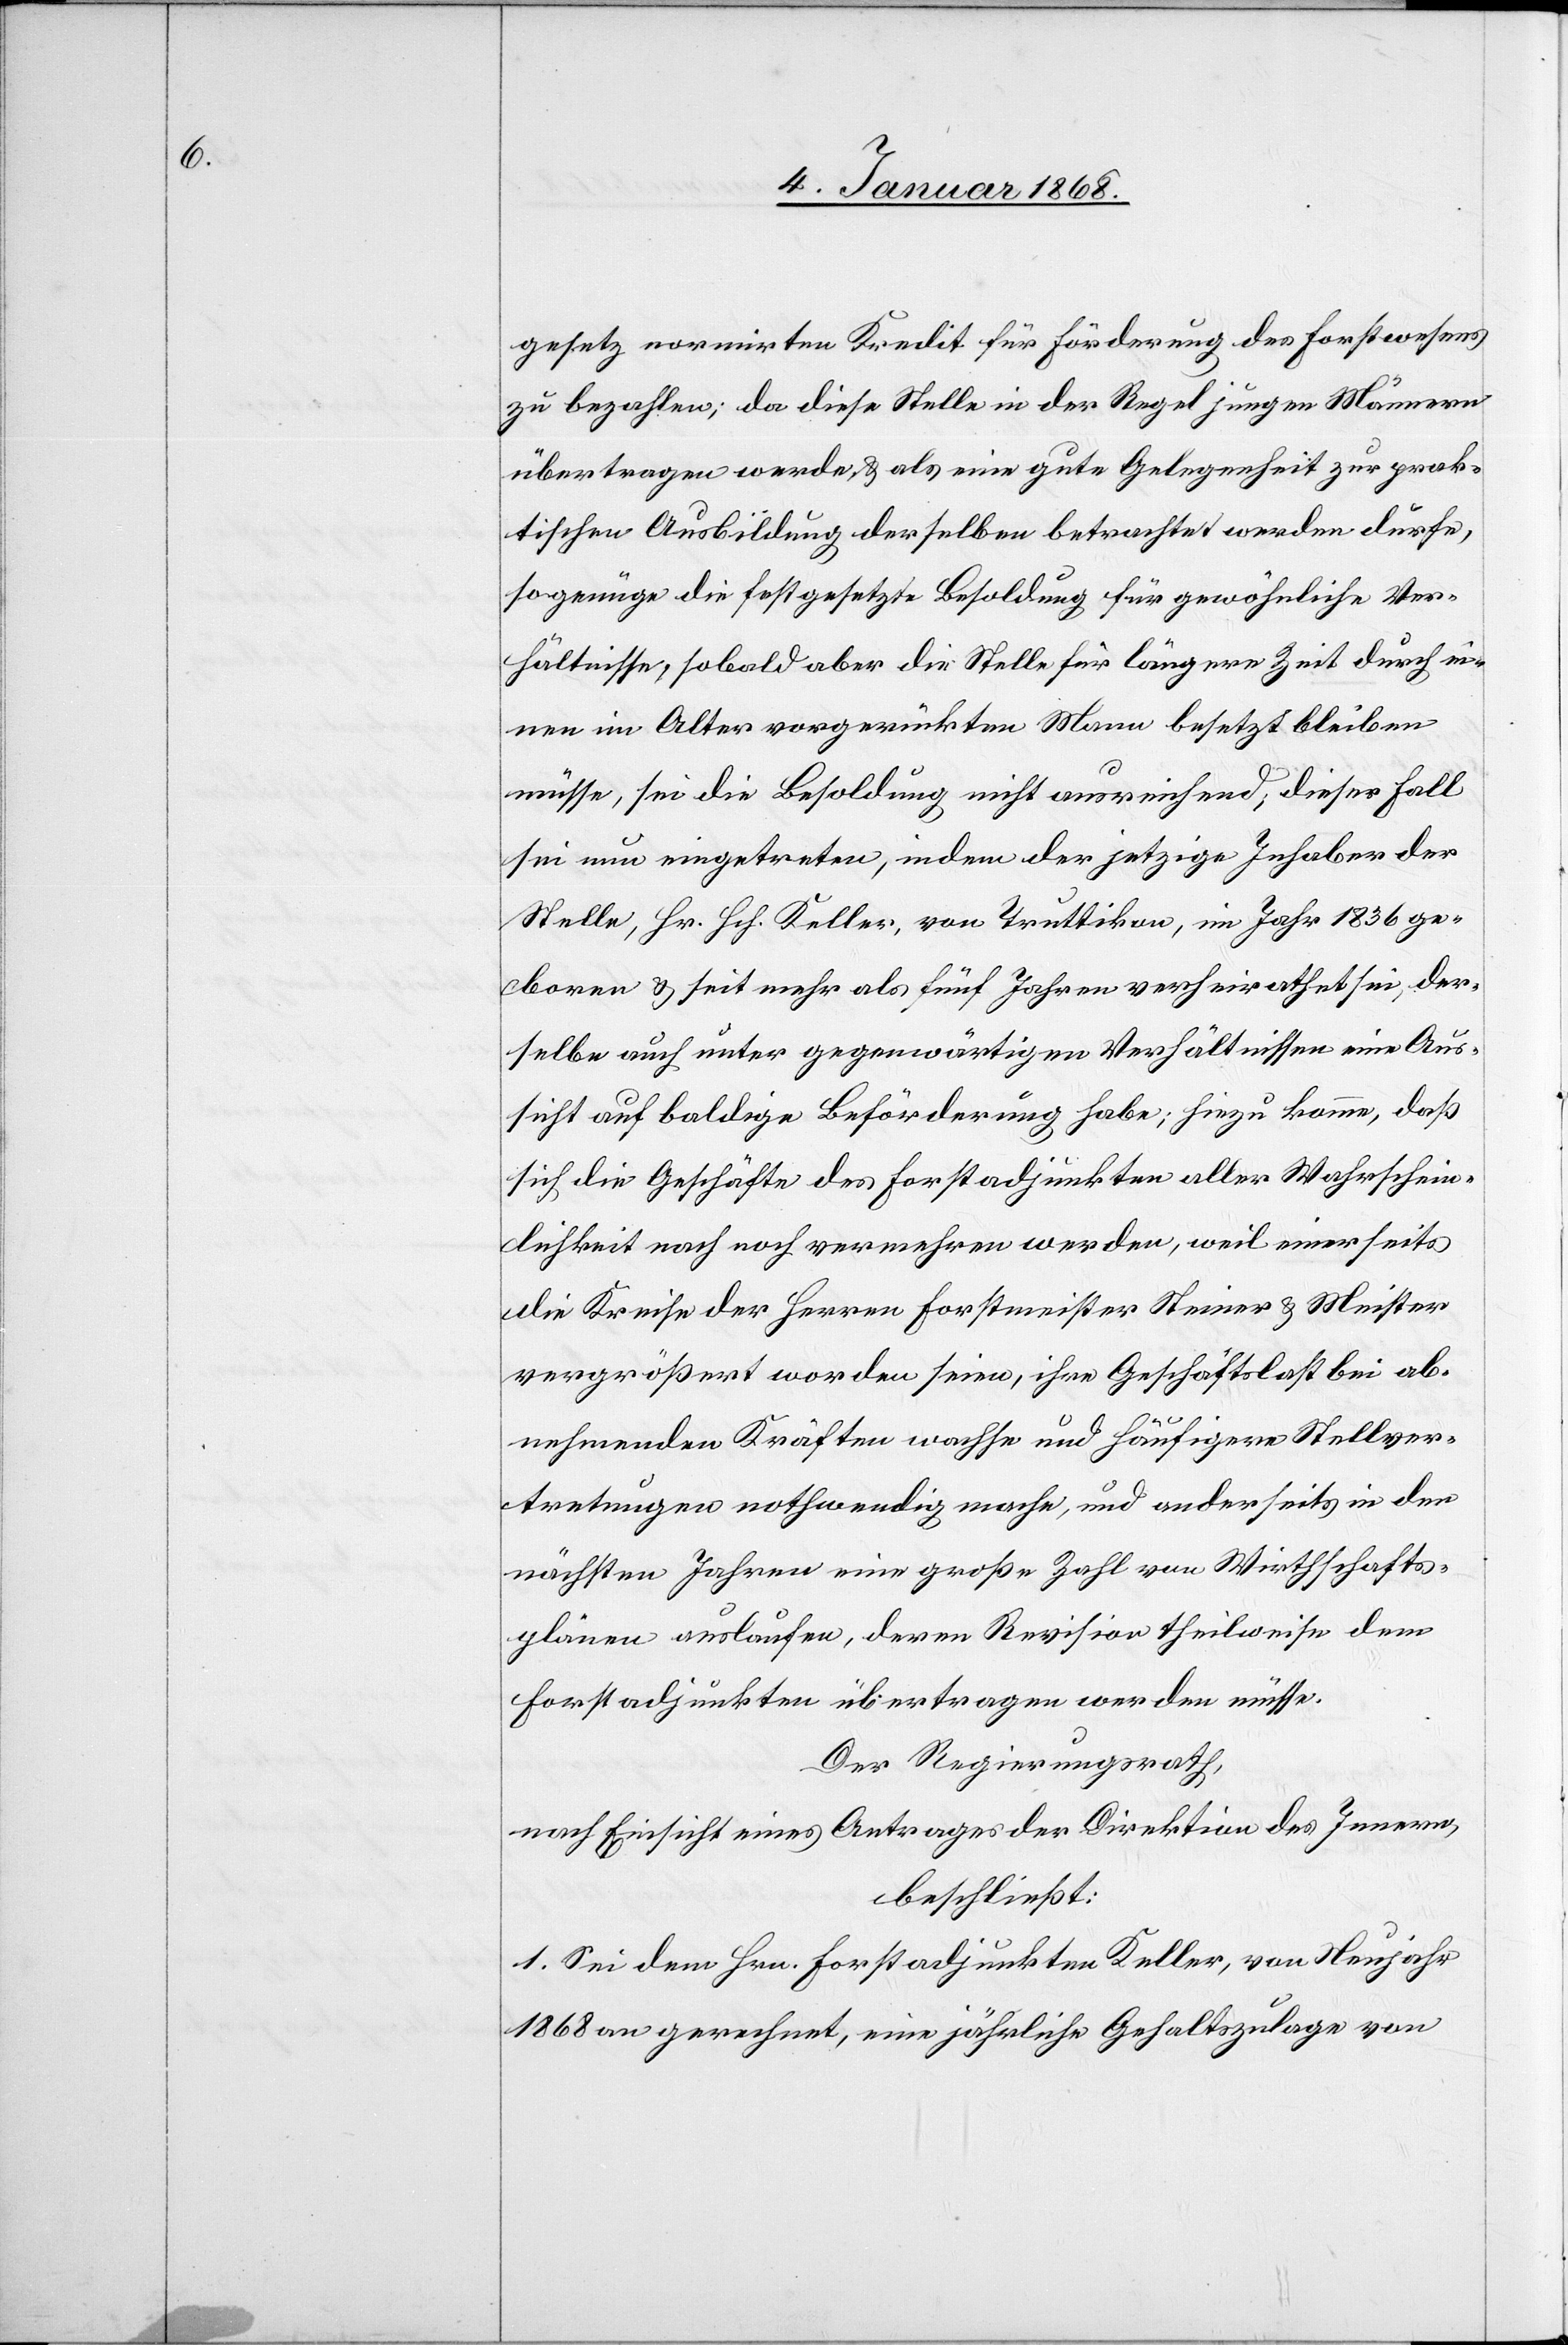
gesetz normirten Kredit für Förderung des Forstwesens
zu bezahlen; da diese Stelle in der Regel jungen Männern
übertragen werde, & als eine gute Gelegenheit zur prak¬
tischen Ausbildung derselben betrachtet werden dürfe,
so genüge die festgesetzte Besoldung für gewöhnliche Ver¬
hältnisse, sobald aber die Stelle für längere Zeit durch ei¬
nen im Alter vorgerückten Mann besetzt bleiben
müsse, sei die Besoldung nicht ausreichend; dieser Fall
sei nun eingetreten, indem der jetzige Inhaber der
Stelle, Hr. Hch. Keller, von Truttikon, im Jahr 1836 ge¬
boren & seit mehr als fünf Jahren verheirathet sei, der¬
selbe auch unter gegenwärtigen Verhältnissen eine Aus¬
sicht auf baldige Beförderung habe; hiezu komme, daß
sich die Geschäfte des Forstadjunkten aller Wahrschein¬
lichkeit nach noch vermehren werden, weil einerseits
die Kreise der Herren Forstmeister Steiner & Meister
vergrößert worden seien, ihre Geschäftslast bei ab¬
nehmenden Kräften wachse und häufigere Stellver¬
tretungen nothwendig mache, und anderseits in den
nächsten Jahren eine große Zahl von Wirthschafts¬
plänen auslaufen, deren Revision theilweise dem
Forstadjunkten übertragen werden müsse.
Der Regierungsrath,
nach Einsicht eines Antrages der Direktion des Innern,
beschließt:
1. Sei dem Hrn. Forstadjunkten Keller, von Neujahr
1868 an gerechnet, eine jährliche Gehaltszulage von